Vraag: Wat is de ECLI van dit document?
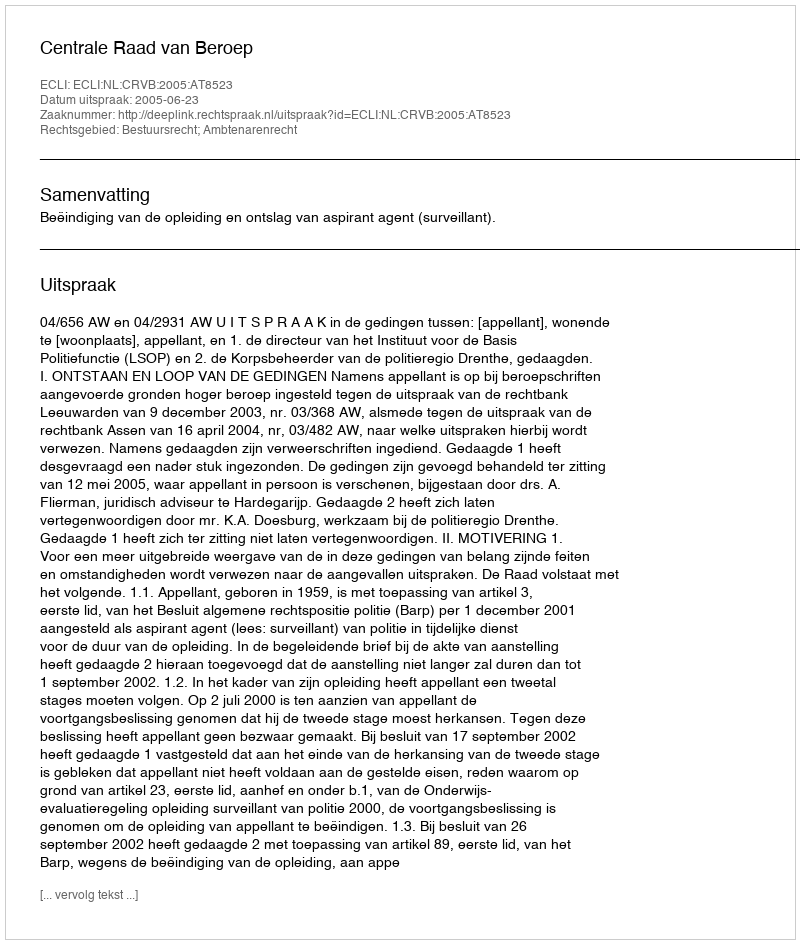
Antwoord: ECLI:NL:CRVB:2005:AT8523